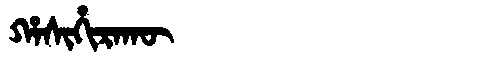
Manchu: ᡥᠠᠰᡳᡥᡳᡵᠠᡴᡡ
Romanization: HASIHIRAKŪ